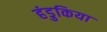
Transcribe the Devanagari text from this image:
हंडुकिया